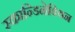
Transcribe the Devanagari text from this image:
स्कान्डिनेवियन